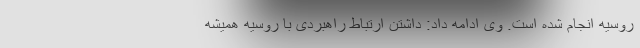
روسیه انجام شده است. وی ادامه داد: داشتن ارتباط راهبردی با روسیه همیشه